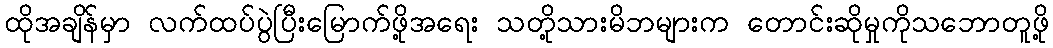
ထိုအချိန်မှာ လက်ထပ်ပွဲပြီးမြောက်ဖို့အရေး သတို့သားမိဘများက တောင်းဆိုမှုကိုသဘောတူဖို့